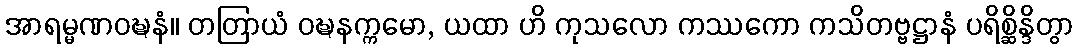
အာရမ္မဏဝဍ္ဎနံ။ တတြာယံ ဝဍ္ဎနက္ကမော, ယထာ ဟိ ကုသလော ကဿကော ကသိတဗ္ဗဋ္ဌာနံ ပရိစ္ဆိန္ဒိတွာ